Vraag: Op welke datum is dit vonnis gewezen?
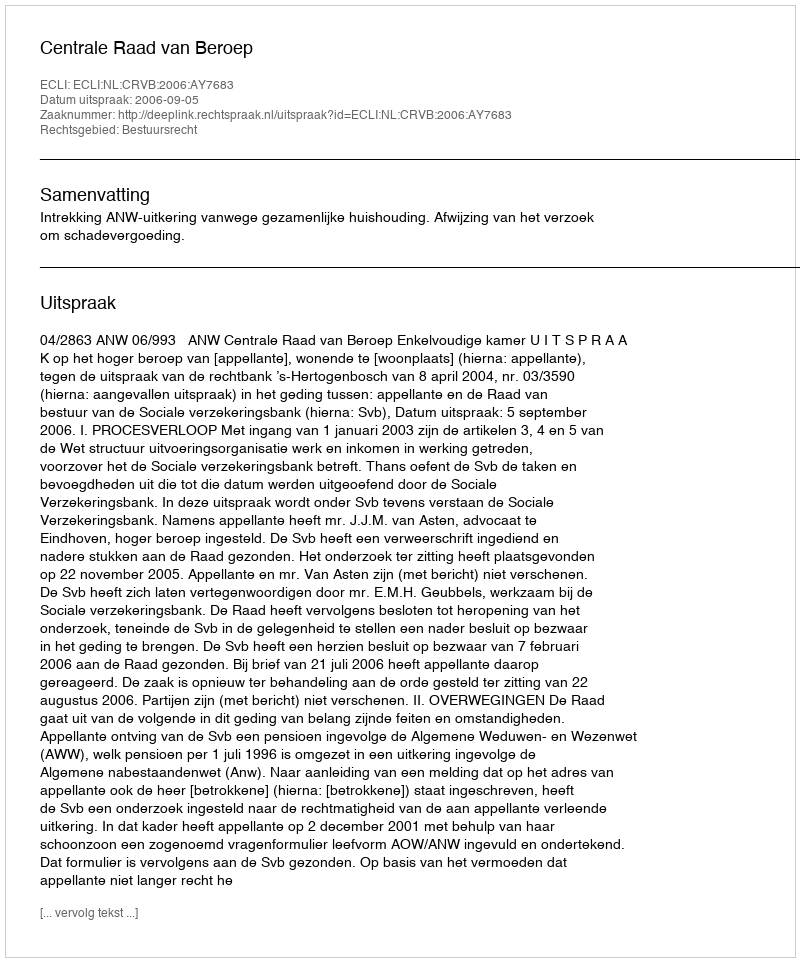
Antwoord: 2006-09-05